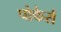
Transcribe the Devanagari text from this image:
पोकेर्स